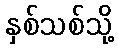
နှစ်သစ်သို့